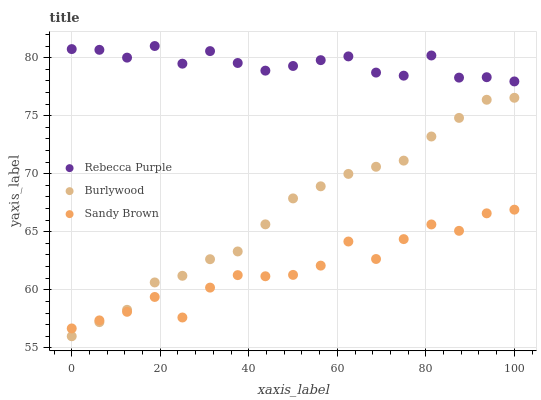
| xaxis_label | Rebecca Purple | Burlywood | Sandy Brown |
 | --- | --- | --- | --- |
 | 0 | 80.7 | 56 | 56.7 |
 | 6.25 | 80.7 | 57.2 | 57.4 |
 | 12.5 | 80 | 58.3 | 58.1 |
 | 18.8 | 81 | 60.6 | 59.4 |
 | 25 | 79.5 | 61.2 | 57.6 |
 | 31.2 | 80.6 | 62.6 | 60.2 |
 | 37.5 | 79.5 | 63.3 | 61.3 |
 | 43.8 | 78.9 | 65.6 | 61.2 |
 | 50 | 79.3 | 67.9 | 61.3 |
 | 56.2 | 79.8 | 68.9 | 62.1 |
 | 62.5 | 80.1 | 70 | 64.2 |
 | 68.8 | 78.7 | 70.6 | 62.7 |
 | 75 | 78.4 | 71.1 | 64.4 |
 | 81.2 | 80.2 | 73.2 | 65.6 |
 | 87.5 | 78.3 | 74.8 | 65.1 |
 | 93.8 | 78.3 | 76.4 | 66.6 |
 | 100 | 77.9 | 76.5 | 66.9 |